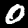
Digit: 0